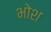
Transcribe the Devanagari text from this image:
भोश